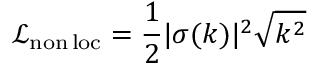
\mathcal { L } _ { \mathrm { n o n \, l o c } } = { \frac { 1 } { 2 } } | \sigma ( k ) | ^ { 2 } \sqrt { k ^ { 2 } }